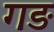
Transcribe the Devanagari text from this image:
गङ